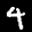
Label: 4